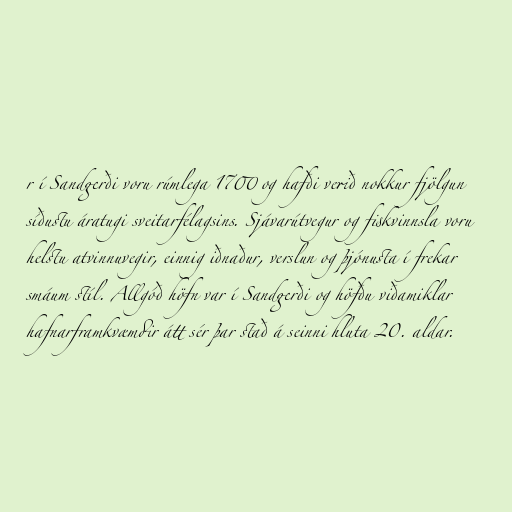
r í Sandgerði voru rúmlega 1700 og hafði verið nokkur fjölgun
síðustu áratugi sveitarfélagsins. Sjávarútvegur og fiskvinnsla voru
helstu atvinnuvegir, einnig iðnaður, verslun og þjónusta í frekar
smáum stíl. Allgóð höfn var í Sandgerði og höfðu viðamiklar
hafnarframkvæmdir átt sér þar stað á seinni hluta 20. aldar.